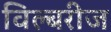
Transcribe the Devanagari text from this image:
विल्बरीज